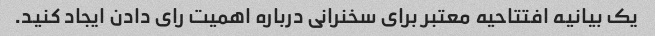
یک بیانیه افتتاحیه معتبر برای سخنرانی درباره اهمیت رای دادن ایجاد کنید.